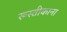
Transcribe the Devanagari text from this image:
रूस्तीकाना